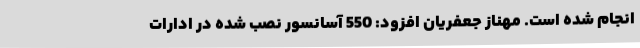
انجام شده است. مهناز جعفریان افزود: 550 آسانسور نصب شده در ادارات